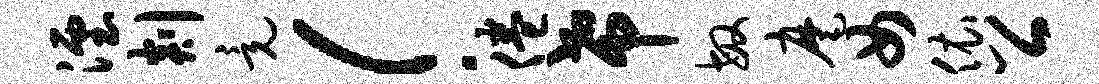
湮剡竟！倦希敏麾女依公